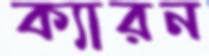
ক্যারন